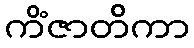
ကိံဇာတိကာ